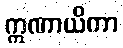
ဣဏာယိကာ